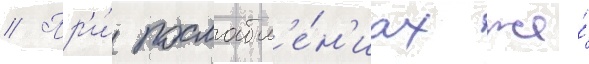
// Пр'и́ послабл'е́н'иах же́